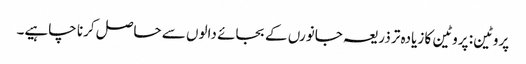
پروٹین: پروٹین کا زیادہ تر ذریعہ جانورں کے بجائے دالوں سے حاصل کرنا چاہیے۔